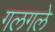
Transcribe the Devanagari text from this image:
गलगले